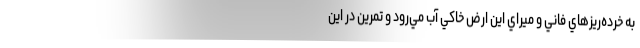
به خرده‌ريزهاي فاني و ميراي اين ارض خاكي آب مي‌رود و تمرين در اين